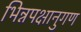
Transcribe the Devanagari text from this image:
भिन्नपक्षानुगण